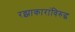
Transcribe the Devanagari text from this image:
रझाकारांविरुद्ध